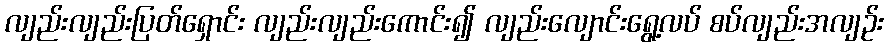
လျည်းလျည်းပြတ်ရှောင်း လျည်းလျည်းကောင်း၍ လျည်းလျောင်းရွေ့လပ် စပ်လျည်းအလျဉ်း